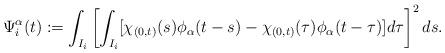
LaTeX: \begin{align*}\Psi_i^\alpha(t):=\int_{I_i} \left[\int_{I_i} [\chi_{(0,t)}(s)\phi_\alpha(t-s)-\chi_{(0,t)}(\tau)\phi_\alpha(t-\tau)]d\tau \right]^2ds.\end{align*}